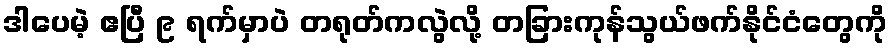
ဒါပေမဲ့ ဧပြီ ၉ ရက်မှာပဲ တရုတ်ကလွဲလို့ တခြားကုန်သွယ်ဖက်နိုင်ငံတွေကို